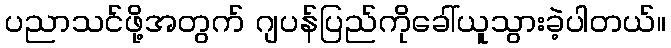
ပညာသင်ဖို့အတွက် ဂျပန်ပြည်ကိုခေါ်ယူသွားခဲ့ပါတယ်။